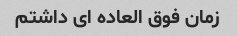
زمان فوق العاده ای داشتم